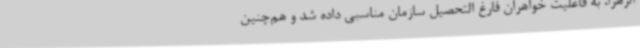
الزهرا، به فاعلیت خواهران فارغ التحصیل سازمان مناسبی داده شد و هم‌چنین